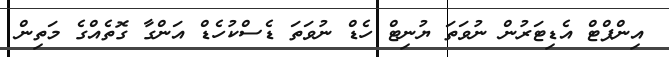
އިންޕްޓް އެޑިޓަރުން ނުވަތަ ޔުނިޓް ހެޑް ނުވަތަ ޑެސްކުހެޑް އަންގާ ގޮތެއްގެ މަތިން